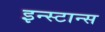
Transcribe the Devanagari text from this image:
इन्स्टान्स